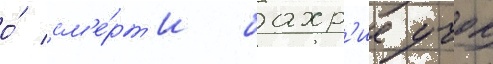
о́ см'е́рт'и бахр'ие учок